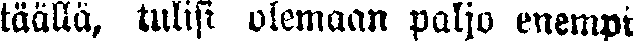
täällä, tulisi olemaan paljo enempi